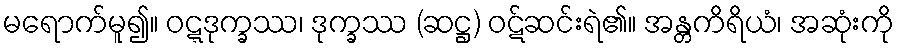
မရောက်မူ၍။ ဝဋ္ဋဒုက္ခဿ၊ ဒုက္ခဿ (ဆဋ္ဌ) ဝဋ်ဆင်းရဲ၏။ အန္တကိရိယံ၊ အဆုံးကို